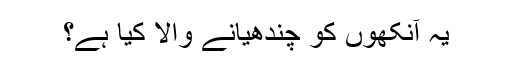
یہ آنکھوں کو چندھیانے والا کیا ہے؟